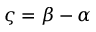
\varsigma = \beta - \alpha